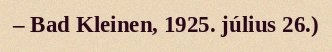
– Bad Kleinen, 1925. július 26.)